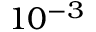
1 0 ^ { - 3 }